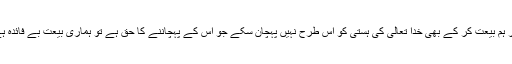
اگر ہم بیعت کر کے بھی خدا تعالیٰ کی ہستی کو اُس طرح نہیں پہچان سکے جو اس کے پہچاننے کا حق ہے تو ہماری بیعت بے فائدہ ہے۔